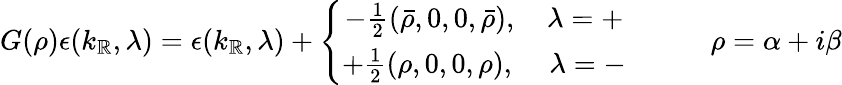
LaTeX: G(\rho)\epsilon(k_{\mathbb{R}},\lambda)=\epsilon(k_{\mathbb{R}},\lambda)+\left\{ \begin{array}{c}{{-\frac{1}{2}\left(\bar{\rho},0,0,\bar{\rho}\right),\, \, \, \, \, \, \lambda=+}}\\ {{+\frac{1}{2}\left(\rho,0,0,\rho\right),\, \, \, \, \, \, \, \lambda=-}}\end{array}\right.\, \, \, \, \, \, \, \, \, \, \, \, \, \, \, \, \, \, \rho=\alpha+i\beta